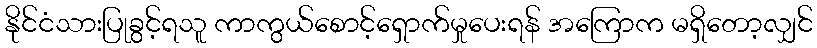
နိုင်ငံသားပြုခွင့်ရသူ ကာကွယ်စောင့်ရှောက်မှုပေးရန် အကြောက မရှိတော့လျှင်